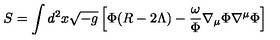
S = \int d ^ { 2 } x \sqrt { - g } \left[ \Phi ( R - 2 \Lambda ) - \frac { \omega } { \Phi } \nabla _ { \mu } \Phi \nabla ^ { \mu } \Phi \right]